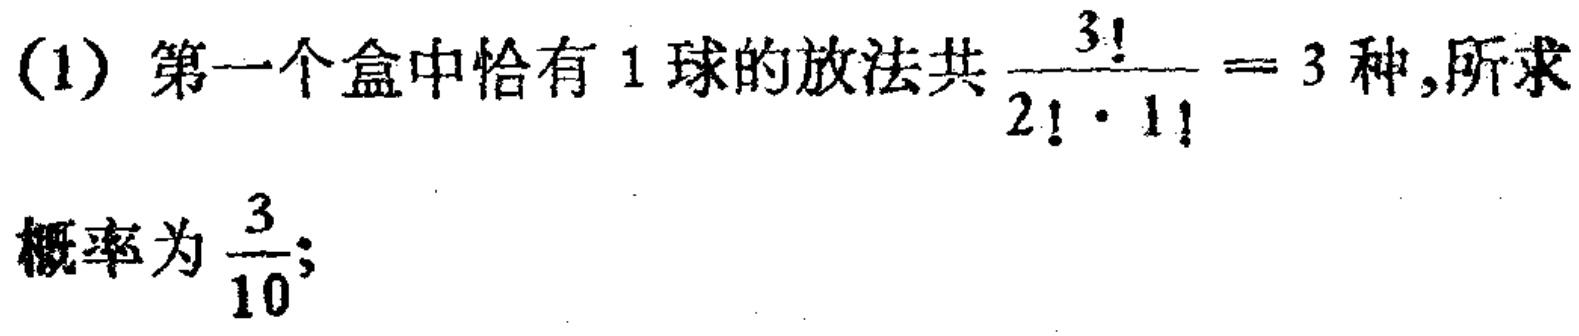
(1) 第一个盒中恰有 1 球的放法共$\frac{3!}{2!\cdot1!}=3$种,所求概率为$\frac{3}{10}$;